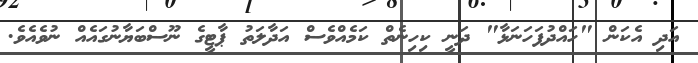
އަދި އެކަން "ހައްދުފަހަނަޅާ" ދަނީ ކިހިނެތް ކަމެއްވެސް އަދާލަތު ޕާޓީގެ ނޫސްބަޔާނުގައެއް ނުވެއެވެ.